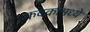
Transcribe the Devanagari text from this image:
कवकांमध्ये